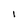
Character: 1